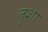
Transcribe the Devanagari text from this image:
तृशा